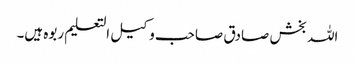
اللہ بخش صادق صاحب وکیل التعلیم ربوہ ہیں۔